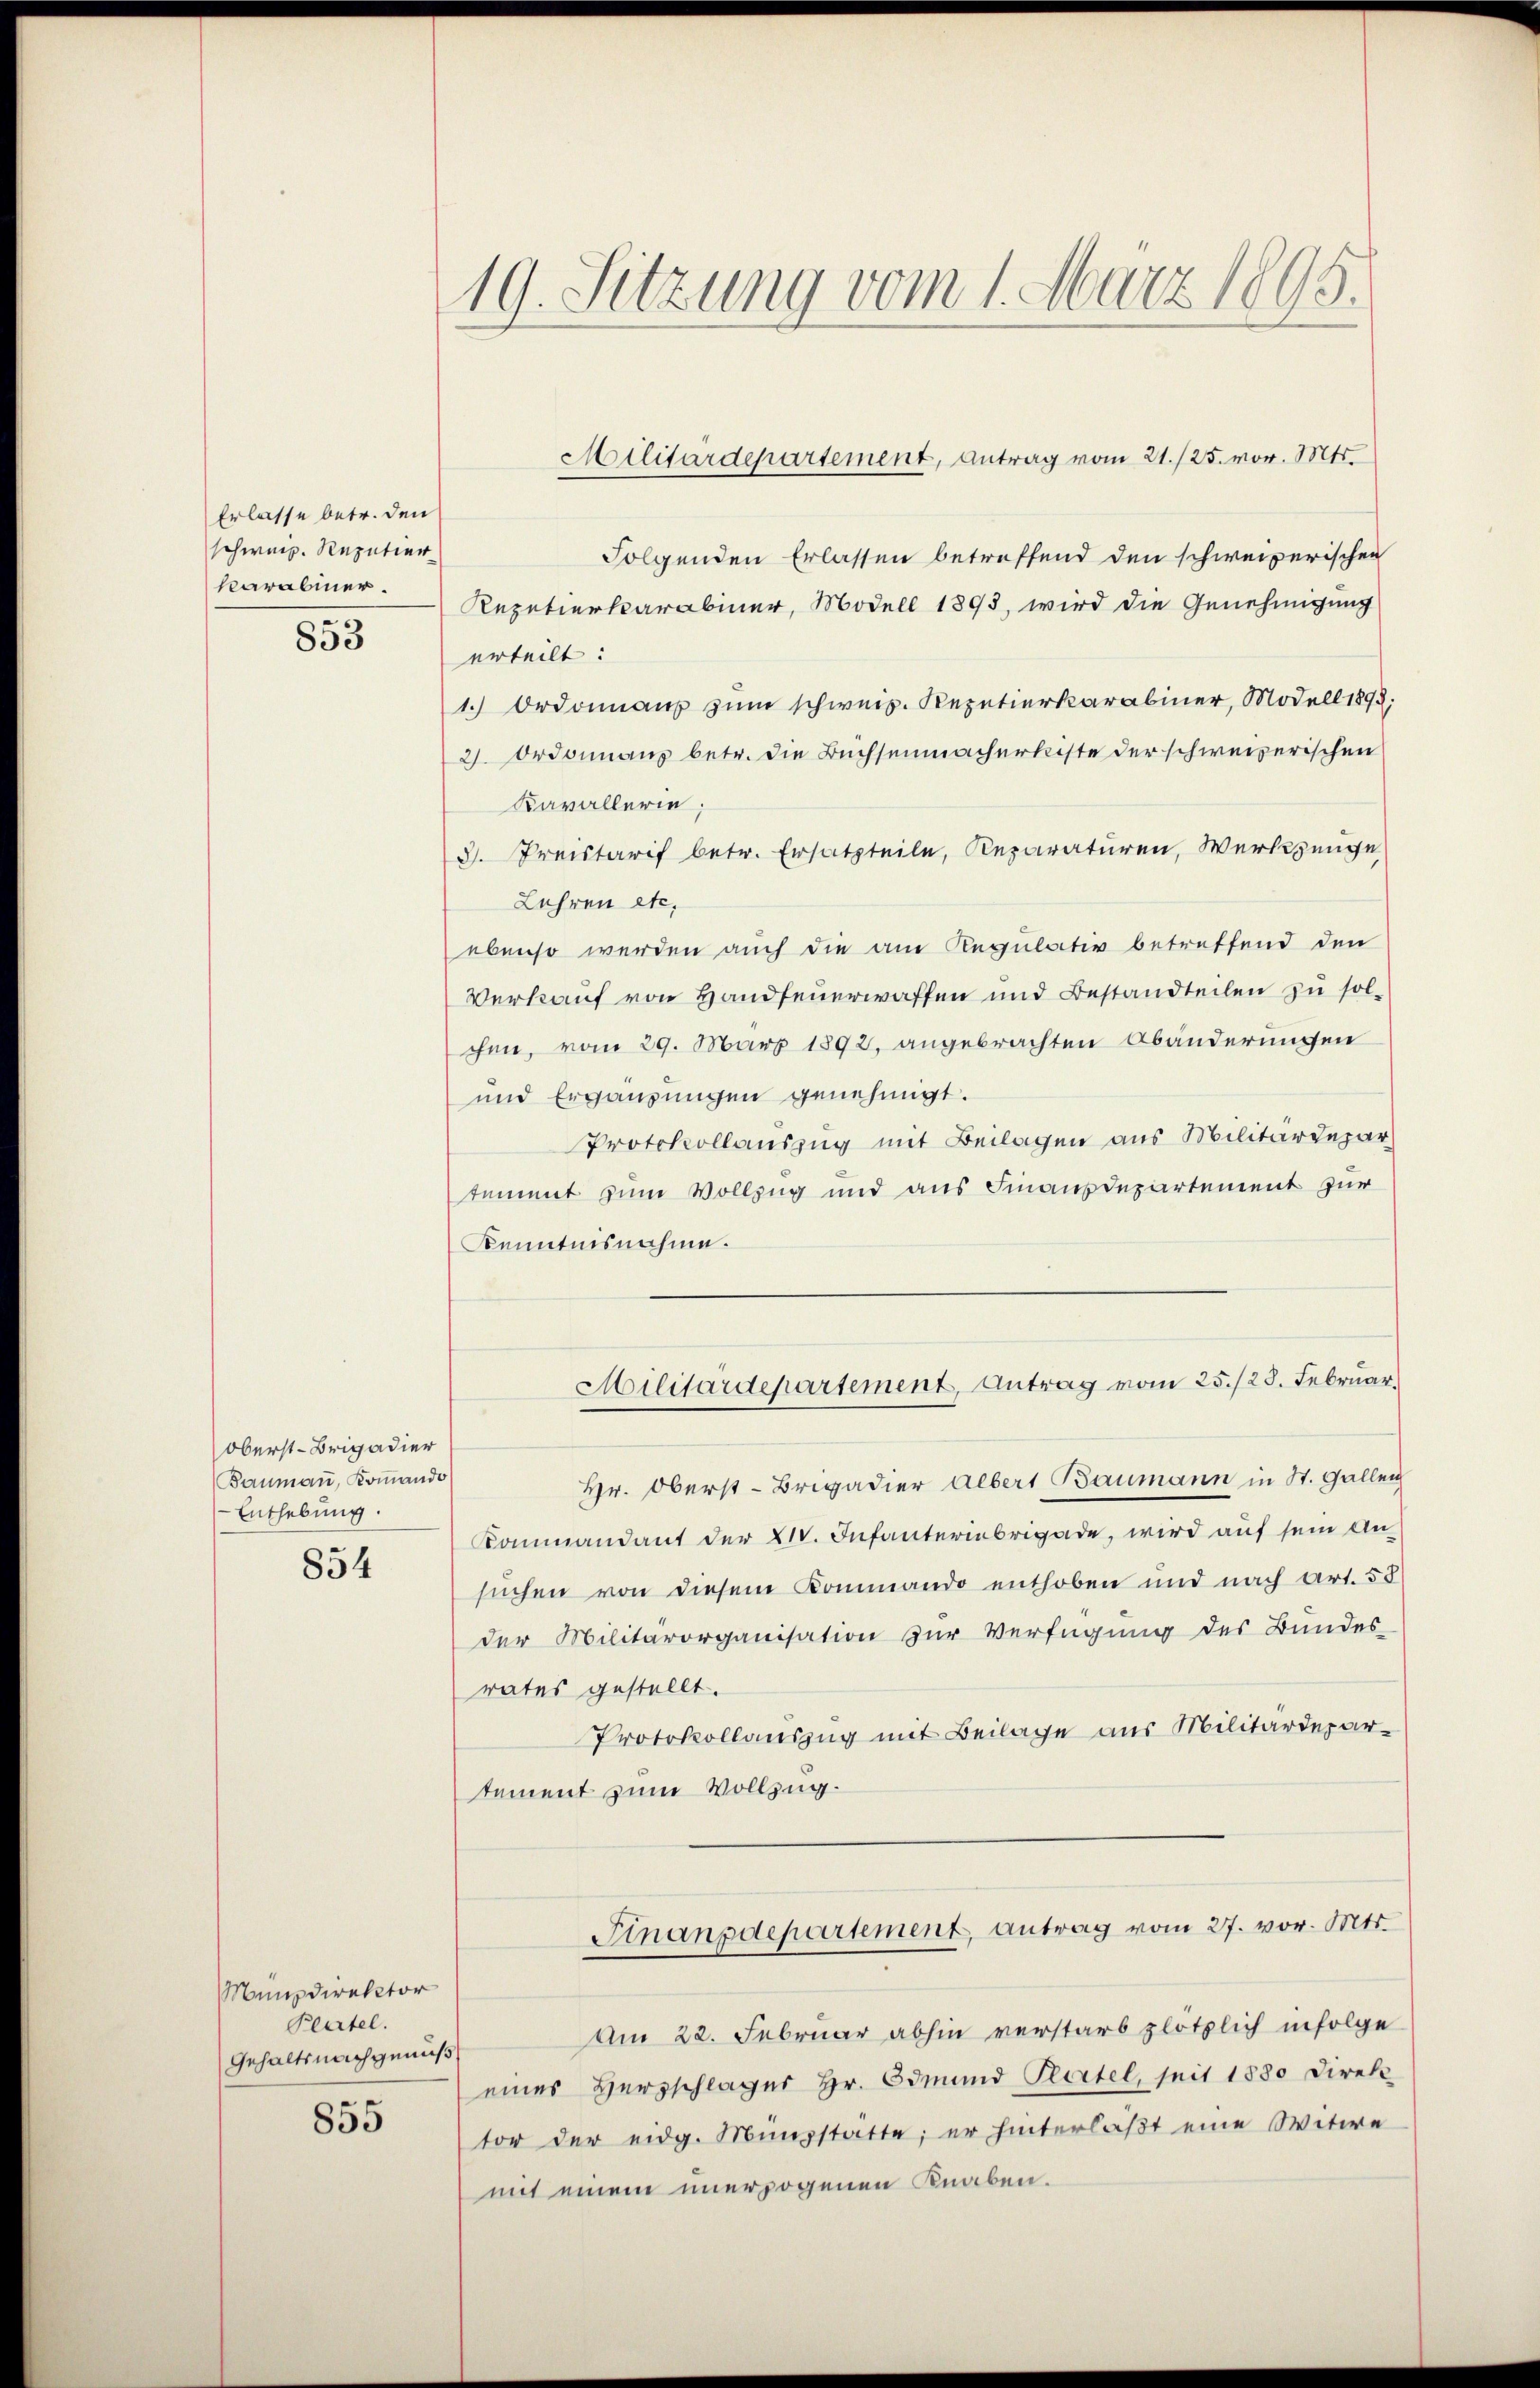
Erlasse betr. den
schweiz. Repetier
karabiner.

853

oberst-Brigadier
Baumann, Kommando
Enthebung.

854

Militärdepartement, Antrag vom 21./25. vor. Mts.
Folgenden Erlassen betreffend den schweizerischen
Repetierkarabiner, Modell 1893, wird die Genehmigung
erteilt:
1.) Ordonnaus zum schweiz. Repetierkarabiner, Modell 1892:
2. Ordonnaus betr. die Buchsenmacherliste der schweizerischen
Kavallerie;
8. Kreistarif betr. Ersatzteile, Reparaturen, Werkzeuge
Lehren etc.
ebenso werden auch die am Regulativ betreffend den
Verkauf von Handfeuerwaffen und Bestandteilen zu solchen, vom 29. März 1892, angebrachten Abänderungen
und Ergänzungen genehmigt.
Protokollauszug mit Beilagen aus Militärdepar
temmt zum Vollzug und aus Finanzdepartement zur
Kenntnisnahme.
Militärdepartement, Antrag vom 25./23. Februar
Hr. Oberst-Brigadier Aebert Baumann in St. Gallen
Kommandant der XIV. Infanteriebrigade, wird auf sein Ansuchen von diesem Kommando enthoben und nach Art. 58
der Militärorganisation zur Verfügung des Bundes-
rates gestellt.
Protokollauszug mit Beilage aus Militärdepartement zum Vollzug.
Finanzdepartement, antrag vom 27. vor. Mts.
Am 22. Februar abhin verstarb plötzlich infolge
eines Herzschläger Hr. Odmund Pecitel, seit 1880 Direk
tor der eidg. Münzstatte; er hinterläßt eine Witwe
mit einem unerzogenen Knaben.

Münzdirektor
Beurtel.
Gehaltsnachgenuß.

855

19. Sitzung vom 1. März 1895.